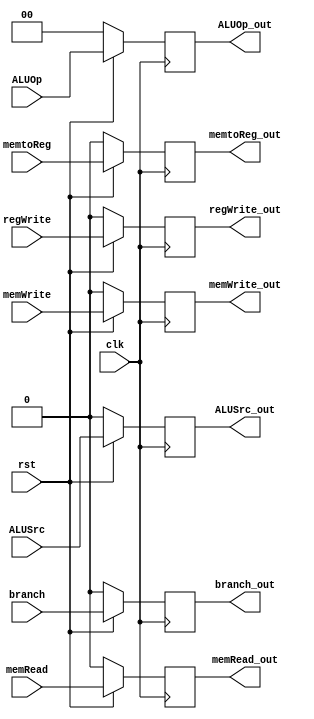
module PipRegCtl(
    input clk,
    input rst,
    
    input branch,
    input memRead,
    input memtoReg,
    input [1:0] ALUOp,
    input memWrite,
    input ALUSrc,
    input regWrite, 

    output reg branch_out,
    output reg memRead_out,
    output reg memtoReg_out,
    output reg [1:0] ALUOp_out,
    output reg memWrite_out,
    output reg ALUSrc_out,
    output reg regWrite_out
);
    always @(posedge clk) begin
        if (!rst) begin
            branch_out <= 0;
            memRead_out <= 0;
            memtoReg_out <= 0;
            ALUOp_out <= 2'b0;
            memWrite_out <= 0;
            ALUSrc_out <= 0;
            regWrite_out <= 0;
        end
        else begin
            branch_out <= branch;
            memRead_out <= memRead;
            memtoReg_out <= memtoReg;
            ALUOp_out <= ALUOp;
            memWrite_out <= memWrite;
            ALUSrc_out <= ALUSrc;
            regWrite_out <= regWrite;
        end
    end
endmodule